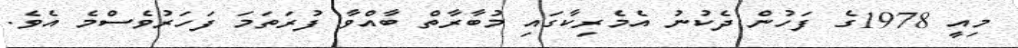
މިއީ 1978ގެ ފަހުން ދެކުނު އެމެރިކާގައި މުބާރާތް ބާއްވާ ފުރަތަމަ ފަހަރުވެސްމެ އެވެ.